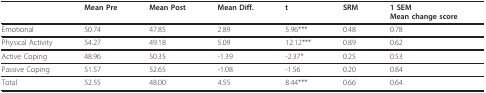
<table><thead><tr><td></td><td><b>Mean Pre</b></td><td><b>Mean Post</b></td><td><b>Mean Diff.</b></td><td><b>t</b></td><td><b>SRM</b></td><td><b>1 SEMMean change score</b></td></tr></thead><tbody><tr><td>Emotional</td><td>50.74</td><td>47.85</td><td>2.89</td><td>5.96***</td><td>0.48</td><td>0.78</td></tr><tr><td>Physical Activity</td><td>54.27</td><td>49.18</td><td>5.09</td><td>12.12***</td><td>0.89</td><td>0.62</td></tr><tr><td>Active Coping</td><td>48.96</td><td>50.35</td><td>-1.39</td><td>-2.37*</td><td>0.25</td><td>0.53</td></tr><tr><td>Passive Coping</td><td>51.57</td><td>52.65</td><td>-1.08</td><td>-1.56</td><td>0.20</td><td>0.84</td></tr><tr><td>Total</td><td>52.55</td><td>48.00</td><td>4.55</td><td>8.44***</td><td>0.66</td><td>0.64</td></tr></tbody></table>